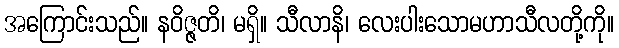
အကြောင်းသည်။ နဝိဇ္ဇတိ၊ မရှိ။ သီလာနိ၊ လေးပါးသောမဟာသီလတို့ကို။